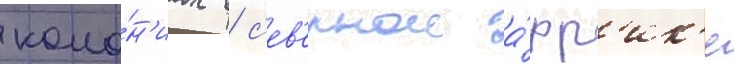
коло́н'иах в с'ев'ернои а́фр'ик'е